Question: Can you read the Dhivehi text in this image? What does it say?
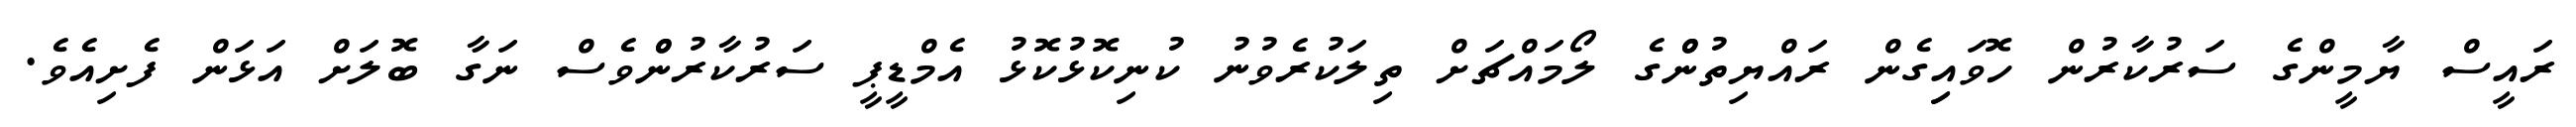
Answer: ރައީސް ޔާމީންގެ ސަރުކާރުން ހޮވައިިގެން ރައްޔިތުންްގެ ލޯމައްޗަށް ތިލަކުރެވުނު ކުނިކޮޅުކޮޅު އެމްޑީޕީ ސަރުކާރުންްވެސް ނަގާ ބޮލަށް އަޅަން ފެށިއެވެ.